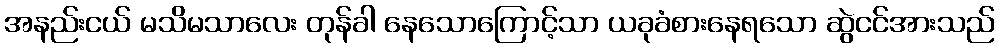
အနည်းငယ် မသိမသာလေး တုန်ခါ နေသောကြောင့်သာ ယခုခံစားနေရသော ဆွဲငင်အားသည်